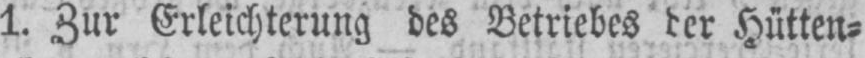
Hütten⸗